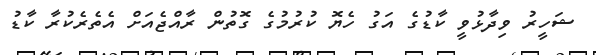
ޝަހީރު ވިދާޅުވީ ކާޑުގެ އަގު ހެޔޮ ކުރުމުގެ ގޮތުން ރާއްޖެއަށް އެތެރެކުރާ ކާޑު